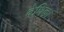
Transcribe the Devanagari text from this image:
वेणिका